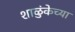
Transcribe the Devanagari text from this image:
शाळुंकेच्या